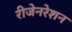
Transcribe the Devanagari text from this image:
रीजेनरेशन